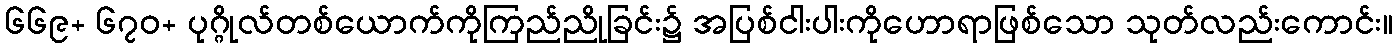
၆၆၉+ ၆၇၀+ ပုဂ္ဂိုလ်တစ်ယောက်ကိုကြည်ညိုခြင်း၌ အပြစ်ငါးပါးကိုဟောရာဖြစ်သော သုတ်လည်းကောင်း။